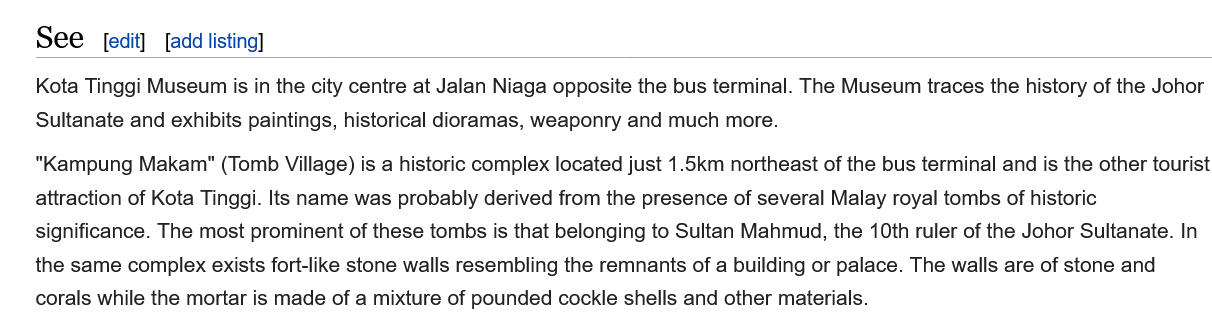
See   edit] add listing]
    Kota Tinggi Museum is in the city centre at Jalan Niaga opposite the bus terminal. The Museum traces the history of the Joho!
    Sultanate and exhibits paintings, historical dioramas, weaponry and much more.
    “Kampung Makam" (Tomb Village) is a historic complex located just 1.5km northeast of the bus terminal and is the other touris
    attraction of Kota Tinggi. Its name was probably derived from the presence of several Malay royal tombs of historic
    significance. The most prominent of these tombs is that belonging to Sultan Mahmud, the 10th ruler of the Johor Sultanate. In
    the same complex exists fort-like stone walls resembling the remnants of a building or palace. The walls are of stone and
    corals while the mortar is made of a mixture of pounded cockle shells and other materials.